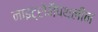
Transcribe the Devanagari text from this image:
नाइट्रोनैपथलीन